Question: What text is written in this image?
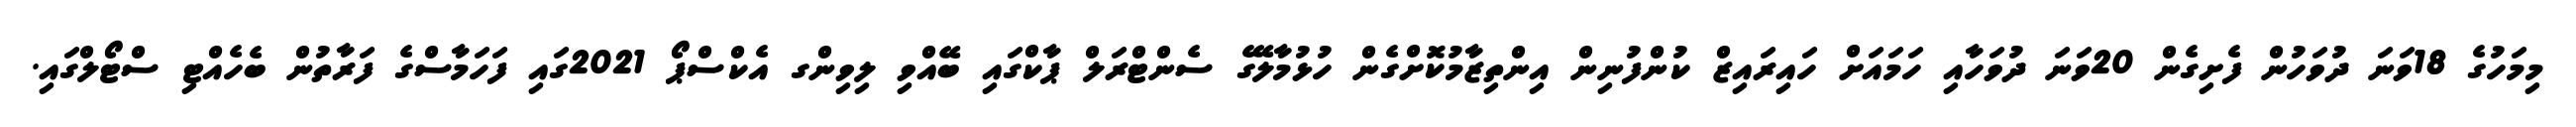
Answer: މިމަހުގެ 18ވަނަ ދުވަހުން ފެށިގެން 20ވަނަ ދުވަހާއި ހަމައަށް ހައިރައިޒް ކުންފުނިން އިންތިޒާމުކޮށްގެން ހުޅުމާލޭގެ ސެންޓްރަލް ޕާކްގައި ބޭއްވި ލިވިންގ އެކްސްޕޯ 2021ގައި ފަހަމާސްގެ ފަރާތުން ބެހެއްޓި ސްޓޯލްގައި.